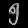
Digit: ၅